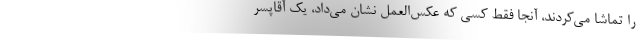
را تماشا می‌کردند، آنجا فقط کسی که عکس‌العمل نشان می‌داد، یک آقاپسر